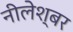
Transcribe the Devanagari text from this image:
नीलेश्बर